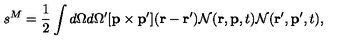
s ^ { M } = { \frac { 1 } { 2 } } \int d \Omega d \Omega ^ { \prime } [ { \bf p } \times { \bf p } ^ { \prime } ] ( { \bf r } - { \bf r } ^ { \prime } ) { \cal N } ( { \bf r } , { \bf p } , t ) { \cal N } ( { \bf r } ^ { \prime } , { \bf p } ^ { \prime } , t ) ,